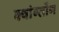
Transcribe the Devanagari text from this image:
क्वांग्तोंग